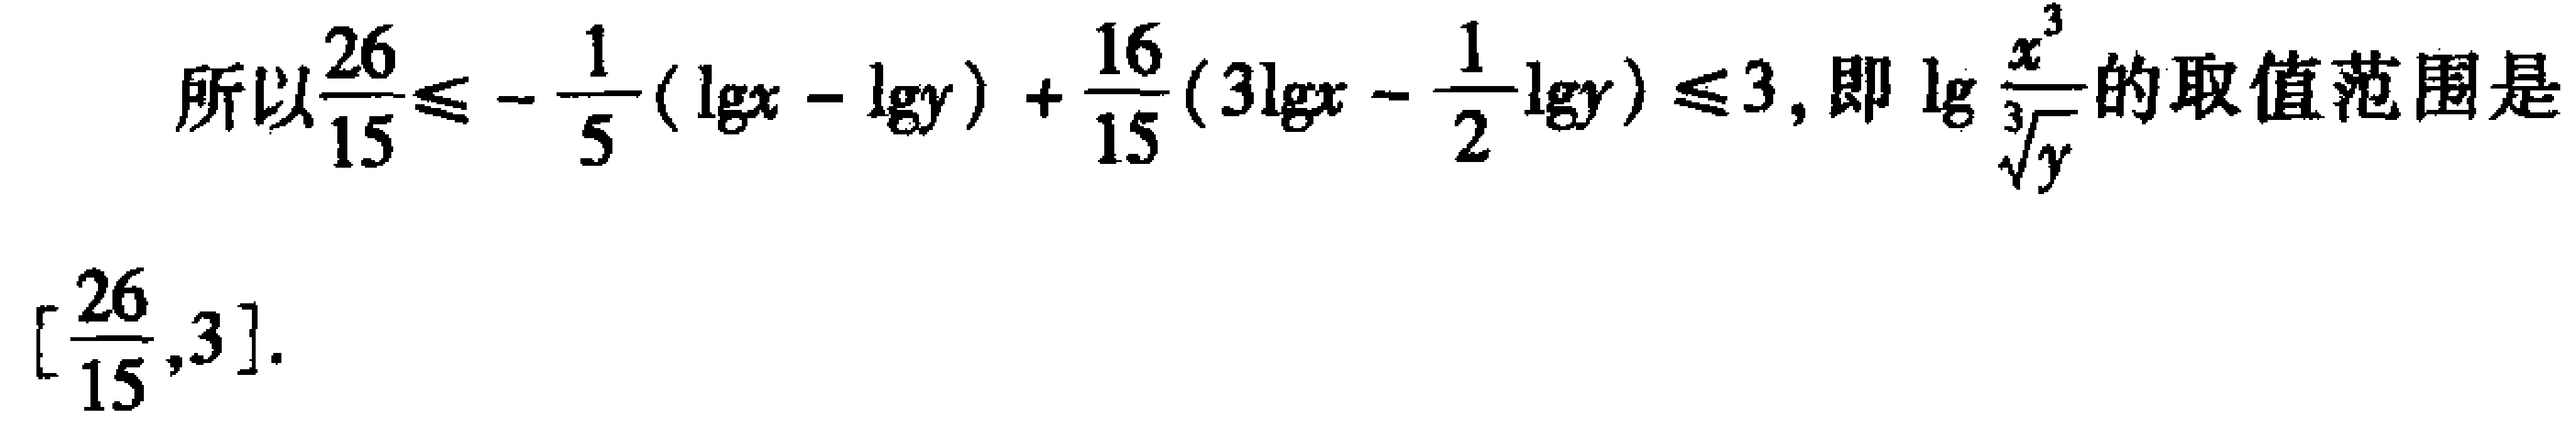
所以\frac{26}{15}\leq -\frac{1}{5}(\lg x - \lg y) + \frac{16}{15}(3\lg x - \frac{1}{2}\lg y)\leq 3, 即\lg \frac{x^{3}}{\sqrt[3]{y}}的取值范围是[\frac{26}{15},3].